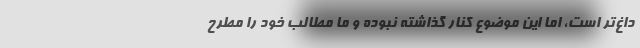
داغ‌تر است، اما این موضوع کنار گذاشته نبوده و ما مطالب خود را مطرح